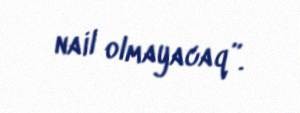
nail olmayacaq”.